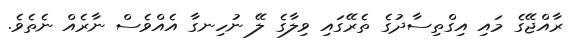
ރާއްޖޭގެ މައި އިގްތިސާދުގެ ތެރޭގައި ވިލާގެ ލޭ ނުހިނގާ އެއްވެސް ނާރެއް ނެތެވެ.